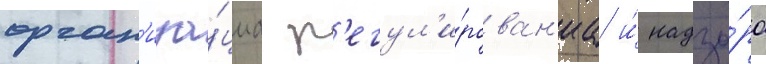
орган'иза́циа р'егул'и́рован'иа и́ надзо́ра